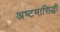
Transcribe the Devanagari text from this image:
अष्टमासिद्धी